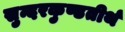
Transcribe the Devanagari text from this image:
सुन्दरकुण्डतीर्थ